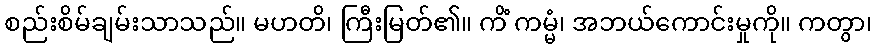
စည်းစိမ်ချမ်းသာသည်။ မဟတိ၊ ကြီးမြတ်၏။ ကိံ ကမ္မံ၊ အဘယ်ကောင်းမှုကို။ ကတွာ၊